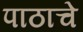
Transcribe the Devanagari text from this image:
पाठाचे